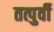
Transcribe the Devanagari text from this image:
तत्पुर्वी